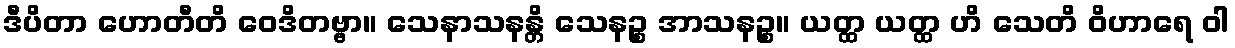
ဒီပိတာ ဟောတီတိ ဝေဒိတဗ္ဗာ။ သေနာသနန္တိ သေနဉ္စ အာသနဉ္စ။ ယတ္ထ ယတ္ထ ဟိ သေတိ ဝိဟာရေ ဝါ